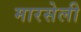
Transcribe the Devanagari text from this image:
मारसेली